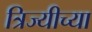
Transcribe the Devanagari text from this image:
त्रिज्यीच्या